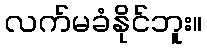
လက်မခံနိုင်ဘူး။